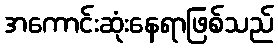
အကောင်းဆုံးနေရာဖြစ်သည်